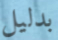
بدليل